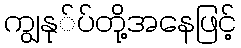
ကျွနု်ပ်တို့အနေဖြင့်